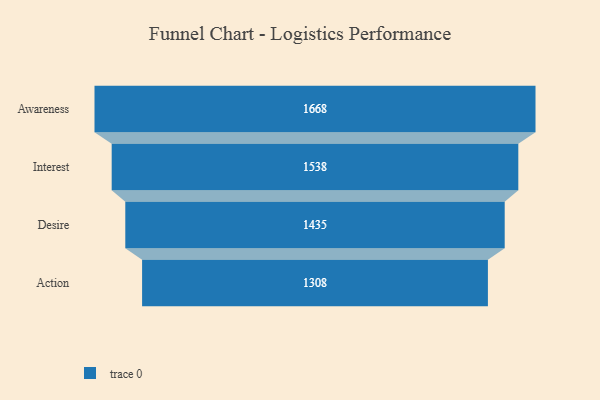
{"axis": {"x": "Stage", "y": "Value"}, "legend": [""], "data": [{"x": "Awareness", "y": 1668.0, "type": ""}, {"x": "Interest", "y": 1538.0, "type": ""}, {"x": "Desire", "y": 1435.0, "type": ""}, {"x": "Action", "y": 1308.0, "type": ""}]}